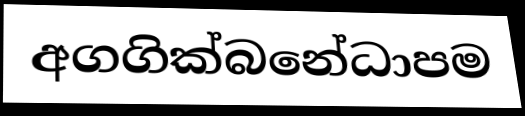
අගගික්බනේධාපම